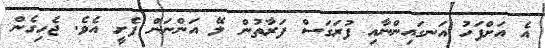
އެ އަށްފަހު އަނގައިންނާއި ފުރަގަސް ފަރާތުން ލޭ އަންނަން ފެށީ އެވެ. ޖެހިގެން